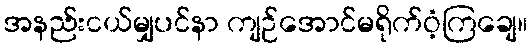
အနည်းငယ်မျှပင်နာ ကျဉ်အောင်မရိုက်ဝံ့ကြချေ။